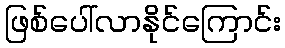
ဖြစ်ပေါ်လာနိုင်ကြောင်း